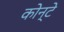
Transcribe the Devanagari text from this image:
कोन्टे